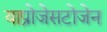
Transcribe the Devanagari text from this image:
याप्रोजेसटोजेन